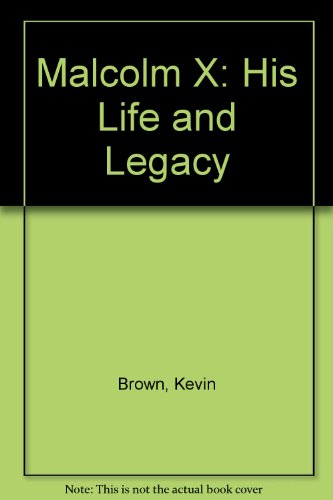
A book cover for Malcolm X; Kevin Brown; Teen & Young Adult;